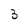
Character: 3